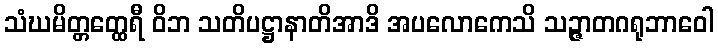
သံဃမိတ္တတ္ထေရီ ဝိဘ သတိပဋ္ဌာနာတိအာဒိ အပလောကေသိ သဉ္ဇာတဂရုဘာဝေါ